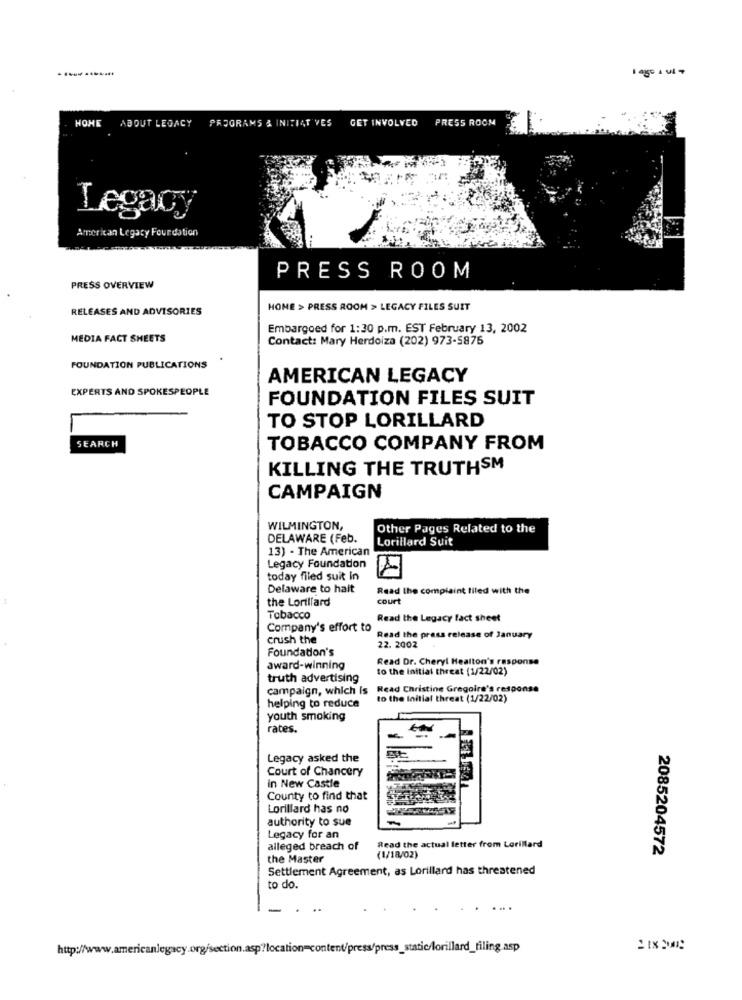
HOME
ABOUT LEGACY PROGRAMS & INITIATIVES
GET INVOLVED
PRESS ROOM
Legacy
American Legacy Foundation
PRESS ROOM
PRESS OVERVIEW
RELEASES AND ADVISORIES
HOME > PRESS ROOM > LEGACY FILES SUIT
Embargoed for 1:30 p.m. EST February 13, 2002
MEDIA FACT SHEETS
Contact: Mary Herdoiza (202) 973-5875
FOUNDATION PUBLICATIONS
AMERICAN LEGACY
EXPERTS AND SPOKESPEOPLE
FOUNDATION FILES SUIT
TO STOP LORILLARD
SEARCH
TOBACCO COMPANY FROM
KILLING THE TRUTHSM
CAMPAIGN
WILMINGTON,
Other Pages Related to the
DELAWARE (Feb.
Lorillard Suit
13) - The American
Legacy Foundation
today filed suit In
Delaware to halt
Read the complaint filed with the
the Lorillard
court
Tobacco
Read the Legacy fact sheet
Company's effort to
crush the
Read the press release of January
Foundation's
22. 2002
Read Dr. Cheryl Healton's response
award-winning
to the initial threat (1/22/02)
truth advertising
campaign, which Is
Read Christine Gregoire's response
to the Initial threat (1/22/02)
helping to reduce
youth smoking
rates.
Legacy asked the
Court of Chancery
in New Castle
County to find that
Lorillard has no
authority to sue
Legacy for an
alleged breach of
Read the actual letter from Lorillard
2085204572
the Master
(1/18/02)
Settlement Agreement, as Lorillard has threatened
to do.
http://www.americanlegacy.org/section.asp?location=content/press/press_static/lorillard_filing.asp